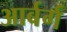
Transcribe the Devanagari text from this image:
आर्बर्ग